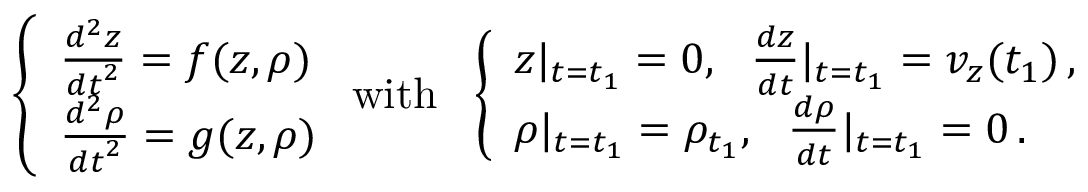
\left\{ \begin{array} { l l } { \frac { d ^ { 2 } z } { { d t } ^ { 2 } } = f ( z , \rho ) } \\ { \frac { d ^ { 2 } \rho } { { d t } ^ { 2 } } = g ( z , \rho ) } \end{array} \right. \mathrm { w i t h } \ \ \left\{ \begin{array} { l l } { z | _ { t = t _ { 1 } } = 0 , \ \ \frac { d z } { d t } | _ { t = t _ { 1 } } = v _ { z } ( t _ { 1 } ) \, , } \\ { \rho | _ { t = t _ { 1 } } = \rho _ { t _ { 1 } } , \ \ \frac { d \rho } { d t } | _ { t = t _ { 1 } } = 0 \, . } \end{array} \right.